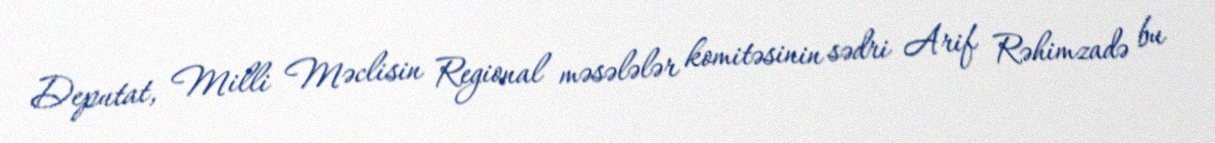
Deputat, Milli Məclisin Regional məsələlər komitəsinin sədri Arif Rəhimzadə bu